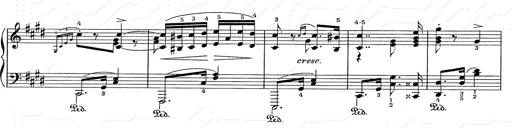
Title: Hungarian Rhapsody No.2
Composer: Franz Liszt
Key: C-sharp minor